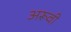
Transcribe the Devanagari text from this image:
अरूवी